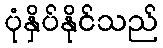
ပုံနှိပ်နိုင်သည်